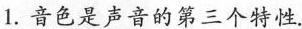
1.音色是声音的第三个特性.